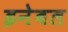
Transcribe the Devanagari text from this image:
इनेबल